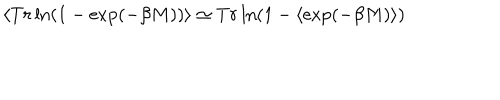
\langle T r \ln ( 1 - \exp ( - \beta M ) ) \rangle \simeq T r \ln ( 1 - \langle \exp ( - \beta M ) \rangle )